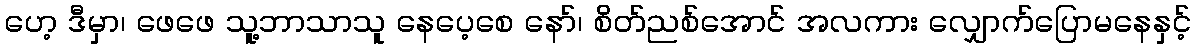
ဟေ့ ဒီမှာ၊ ဖေဖေ သူ့ဘာသာသူ နေပေ့စေ နော်၊ စိတ်ညစ်အောင် အလကား လျှောက်ပြောမနေနှင့်